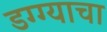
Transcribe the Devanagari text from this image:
डग्ग्याचा